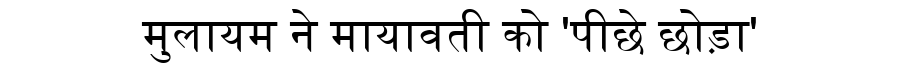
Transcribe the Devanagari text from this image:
मुलायम ने मायावती को 'पीछे छोड़ा'